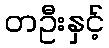
တဦးနှင့်